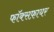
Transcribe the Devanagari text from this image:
फॉक्सफ़ायर